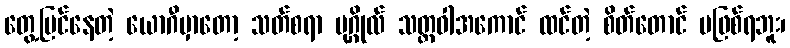
တွေ့မြင်နေတဲ့ ယောဂီမှာတော့ သတ်စရာ ပုဂ္ဂိုလ် သတ္တဝါအကောင် ထင်တဲ့ စိတ်တောင် မဖြစ်ရဘူး၊